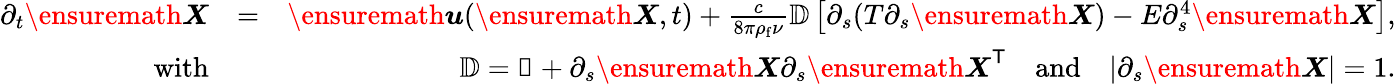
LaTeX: \begin{array}{rlr}{\partial_{t}{\ensuremath\boldsymbol{X}}}&{=}&{{\ensuremath\boldsymbol{u}}({\ensuremath\boldsymbol{X}},t)+\frac{c}{8\pi\rho_{\mathrm{f}}\nu}\mathbb{D}\left[\partial_{s}(T\partial_{s}{\ensuremath\boldsymbol{X}})-E\partial_{s}^{4}{\ensuremath\boldsymbol{X}}\right],}\\ {\mathrm{with}}&{}&{\mathbb{D}=\mathbb{1}+\partial_{s}{\ensuremath\boldsymbol{X}}\partial_{s}{\ensuremath\boldsymbol{X}}^{\mathsf{T}}\quad\mathrm{and}\quad|\partial_{s}{\ensuremath\boldsymbol{X}}|=1.}\end{array}